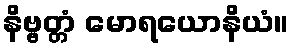
နိဗ္ဗတ္တံ မောရယောနိယံ။